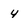
Character: 4